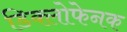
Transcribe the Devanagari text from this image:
डिक्लोफेनक